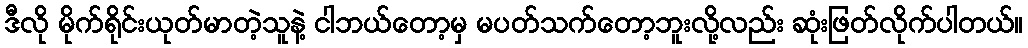
ဒီလို မိုက်ရိုင်းယုတ်မာတဲ့သူနဲ့ ငါဘယ်တော့မှ မပတ်သက်တော့ဘူးလို့လည်း ဆုံးဖြတ်လိုက်ပါတယ်။